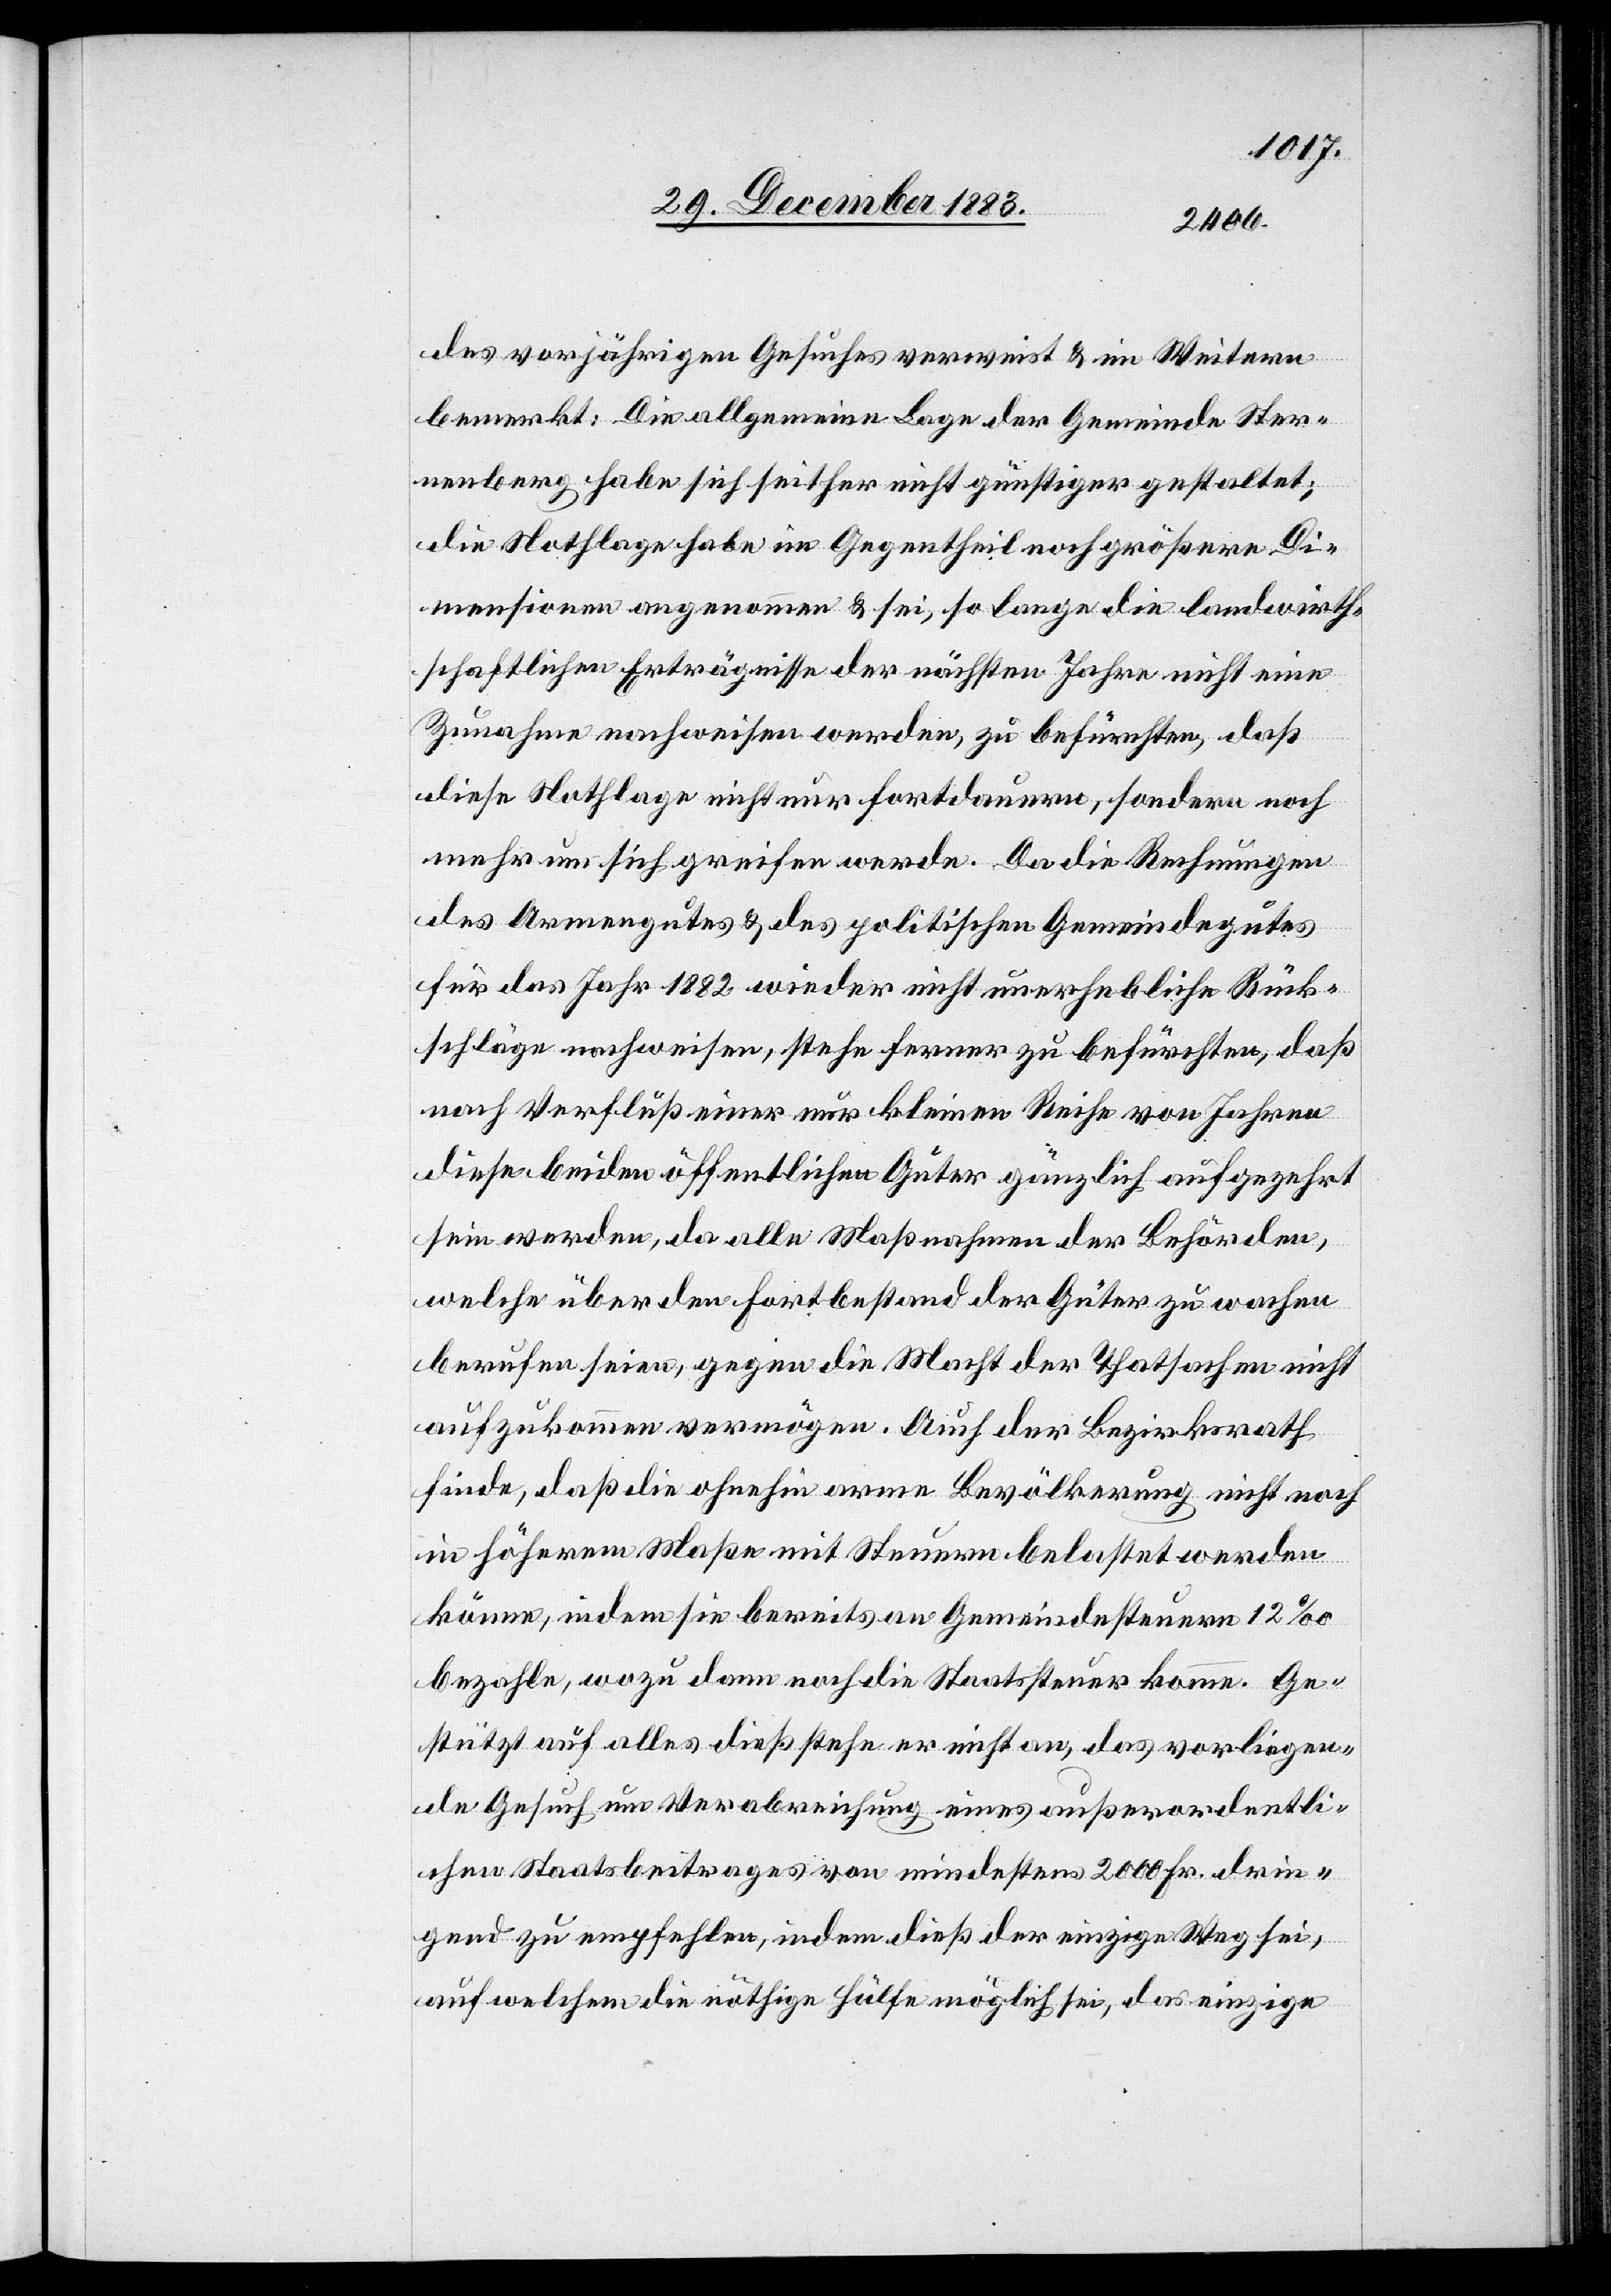
des vorjährigen Gesuches verweist & im Weitern
bemerkt: Die allgemeine Lage der Gemeinde Ster¬
nenberg habe sich seither nicht günstiger gestaltet;
die Nothlage habe im Gegentheil noch größere Di¬
mensionen angenommen & sei, so lange die landwirth¬
schaftlichen Erträgnisse der nächsten Jahre nicht eine
Zunahme nachweisen werden, zu befürchten, daß
diese Nothlage nicht nur fortdauern, sondern noch
mehr um sich greifen werde. Da die Rechnungen
des Armengutes & des politischen Gemeindegutes
für das Jahr 1882 wieder nicht unerhebliche Rück¬
schläge nachweisen, stehe ferner zu befürchten, daß
nach Verfluß einer nur kleinen Reihe von Jahren
diese beiden öffentlichen Güter gänzlich aufgezehrt
sein werden, da alle Maßnahmen der Behörden,
welche über den Fortbestand der Güter zu wachen
berufen seien, gegen die Macht der Thatsachen nicht
aufzukommen vermögen. Auch der Bezirksrath
finde, daß die ohnehin arme Bevölkerung nicht noch
in höherem Maße mit Steuern belastet werden
könne, indem sie bereits an Gemeindesteuern 12‰
bezahle, wozu dann noch die Staatssteuer komme. Ge¬
stützt auf alles dieß stehe er nicht an, das vorliegen¬
de Gesuch um Verabreichung eines außerordentli¬
chen Staatsbeitrages von mindestens 2000 Fr. drin¬
gend zu empfehlen, indem dieß der einzige Weg sei,
auf welchem die nöthige Hülfe möglich sei, das einzige